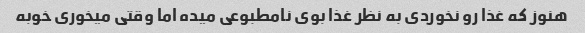
هنوز که غذا رو نخوردی به نظر غذا بوی نامطبوعی میده اما وقتی میخوری خوبه